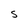
Character: s